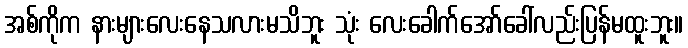
အစ်ကိုက နားများလေးနေသလားမသိဘူး သုံး လေးခေါက်အော်ခေါ်လည်းပြန်မထူးဘူး။